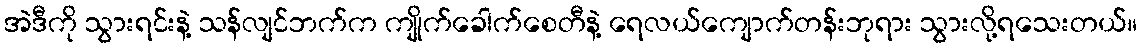
အဲဒီကို သွားရင်းနဲ့ သန်လျင်ဘက်က ကျိုက်ခေါက်စေတီနဲ့ ရေလယ်ကျောက်တန်းဘုရား သွားလို့ရသေးတယ်။